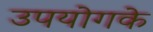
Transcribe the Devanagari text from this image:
उपयोगके